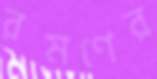
রমণের